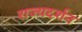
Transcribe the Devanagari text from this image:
राज्यदर्शन